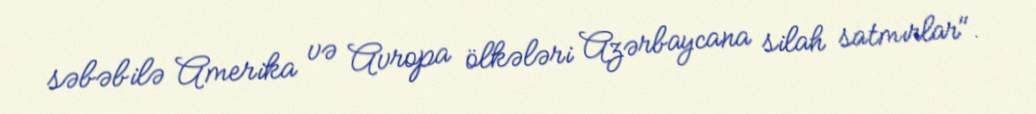
səbəbilə Amerika və Avropa ölkələri Azərbaycana silah satmırlar".